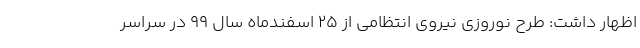
اظهار داشت: طرح نوروزی نیروی انتظامی از ۲۵ اسفندماه سال ۹۹ در سراسر